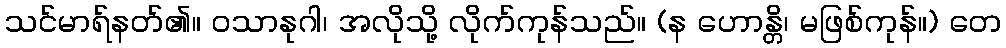
သင်မာရ်နတ်၏။ ဝသာနုဂါ၊ အလိုသို့ လိုက်ကုန်သည်။ (န ဟောန္တိ၊ မဖြစ်ကုန်။) တေ